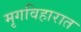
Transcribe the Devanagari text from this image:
मृगविहारात